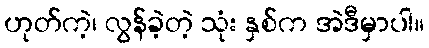
ဟုတ်ကဲ့၊ လွန်ခဲ့တဲ့ သုံး နှစ်က အဲဒီမှာပါ။